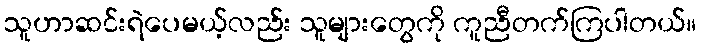
သူဟာဆင်းရဲပေမယ့်လည်း သူများတွေကို ကူညီတက်ကြပါတယ်။